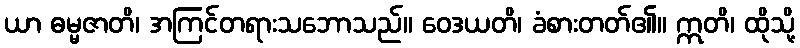
ယာ ဓမ္မဇာတိ၊ အကြင်တရားသဘောသည်။ ဝေဒယတိ၊ ခံစားတတ်၏။ ဣတိ၊ ထိုသို့